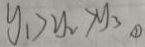
y _ { 1 } > y _ { 2 } > y _ { 3 } \textcircled { 1 }